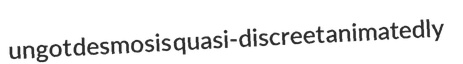
ungot desmosis quasi-discreet animatedly